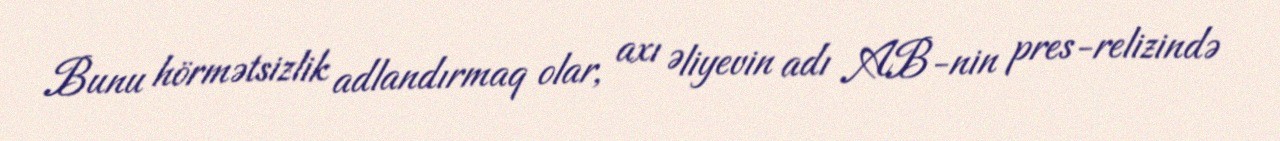
Bunu hörmətsizlik adlandırmaq olar, axı Əliyevin adı AB-nin pres-relizində